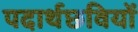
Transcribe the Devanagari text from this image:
पदार्थछवियों